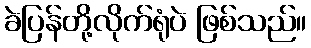
ခဲပြန်တို့လိုက်ရုံပဲ ဖြစ်သည်။